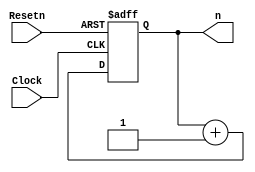
module Counter(Clock, Resetn, n);
	input Clock;
	input Resetn;
	output reg [4:0] n;
	
	initial
	begin
		n = 5'b0;
	end
	
	always@(posedge Clock or posedge Resetn)
	begin
		if(Resetn == 1'b1)
			n <= 5'b0;
		else
			n <= n+1'b1;
	end
	
endmodule